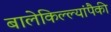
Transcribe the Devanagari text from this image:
बालेकिल्ल्यांपैकी